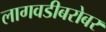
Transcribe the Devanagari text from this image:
लागवडीबरोबर